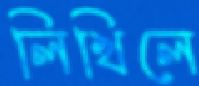
লিখিলে